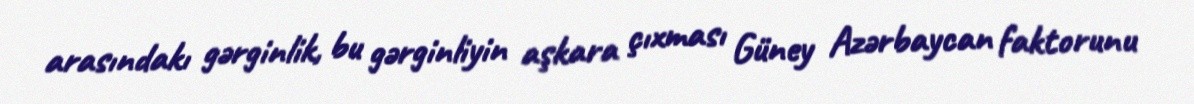
arasındakı gərginlik, bu gərginliyin aşkara çıxması Güney Azərbaycan faktorunu